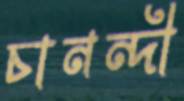
চানন্দী